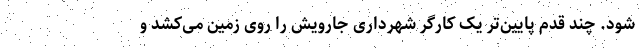
شود. چند قدم پایین‌تر یک کارگر شهرداری جارویش را روی زمین می‌کشد و